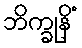
ဘိက္ခုနိံ